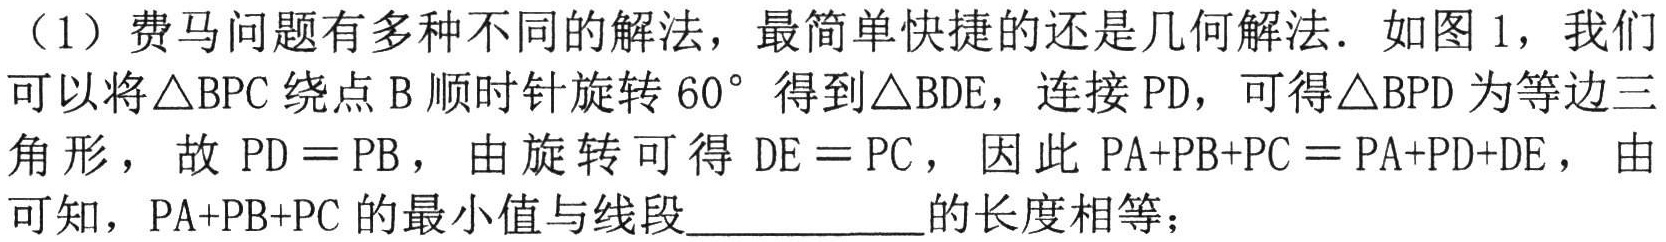
（1）费马问题有多种不同的解法，最简单快捷的还是几何解法．如图1，我们可以将\(\triangle BPC\)绕点\(B\)顺时针旋转\(60^{\circ}\)得到\(\triangle BDE\)，连接\(PD\)，可得\(\triangle BPD\)为等边三角形，故\(PD = PB\)，由旋转可得\(DE = PC\)，因此\(PA + PB + PC=PA + PD + DE\)，由可知，\(PA + PB + PC\)的最小值与线段__________的长度相等；